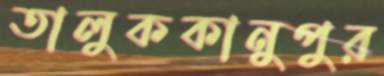
তালুককানুপুর